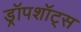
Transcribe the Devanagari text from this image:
ड्रॉपशॉट्स